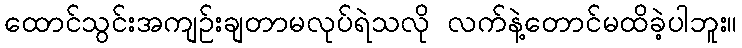
ထောင်သွင်းအကျဉ်းချတာမလုပ်ရဲသလို လက်နဲ့တောင်မထိခဲ့ပါဘူး။